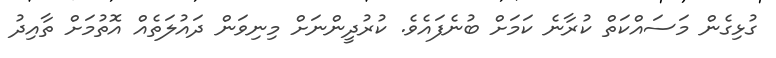
ގުޅިގެން މަސައްކަތް ކުރާނެ ކަމަށް ބުނެފައެވެ. ކުރުދީންނަށް މިނިވަން ދައުލަތެއް އޮތުމަށް ތާއިދު